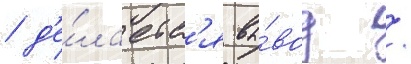
/ д'е́лаетс'я вы́вод /